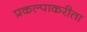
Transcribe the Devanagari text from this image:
प्रकल्पाकरीता